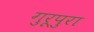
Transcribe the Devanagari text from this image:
गुरूपुरा